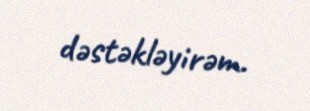
dəstəkləyirəm.